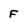
Character: F